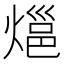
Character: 𭵰